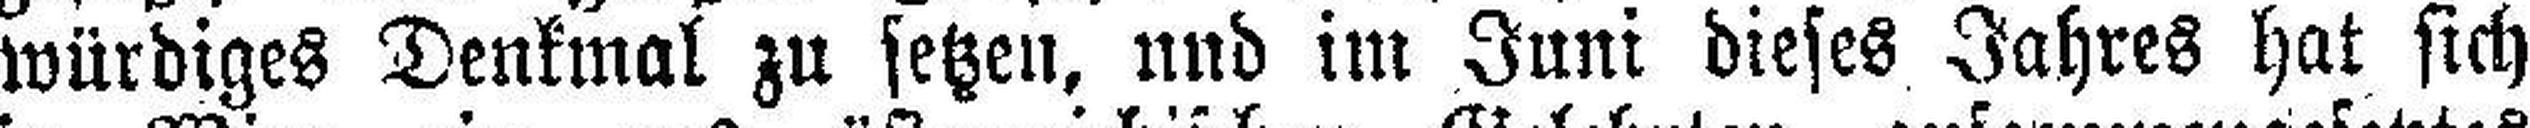
würdiges Denkmal zu setzen, und im Juni dieses Jahres hat sich